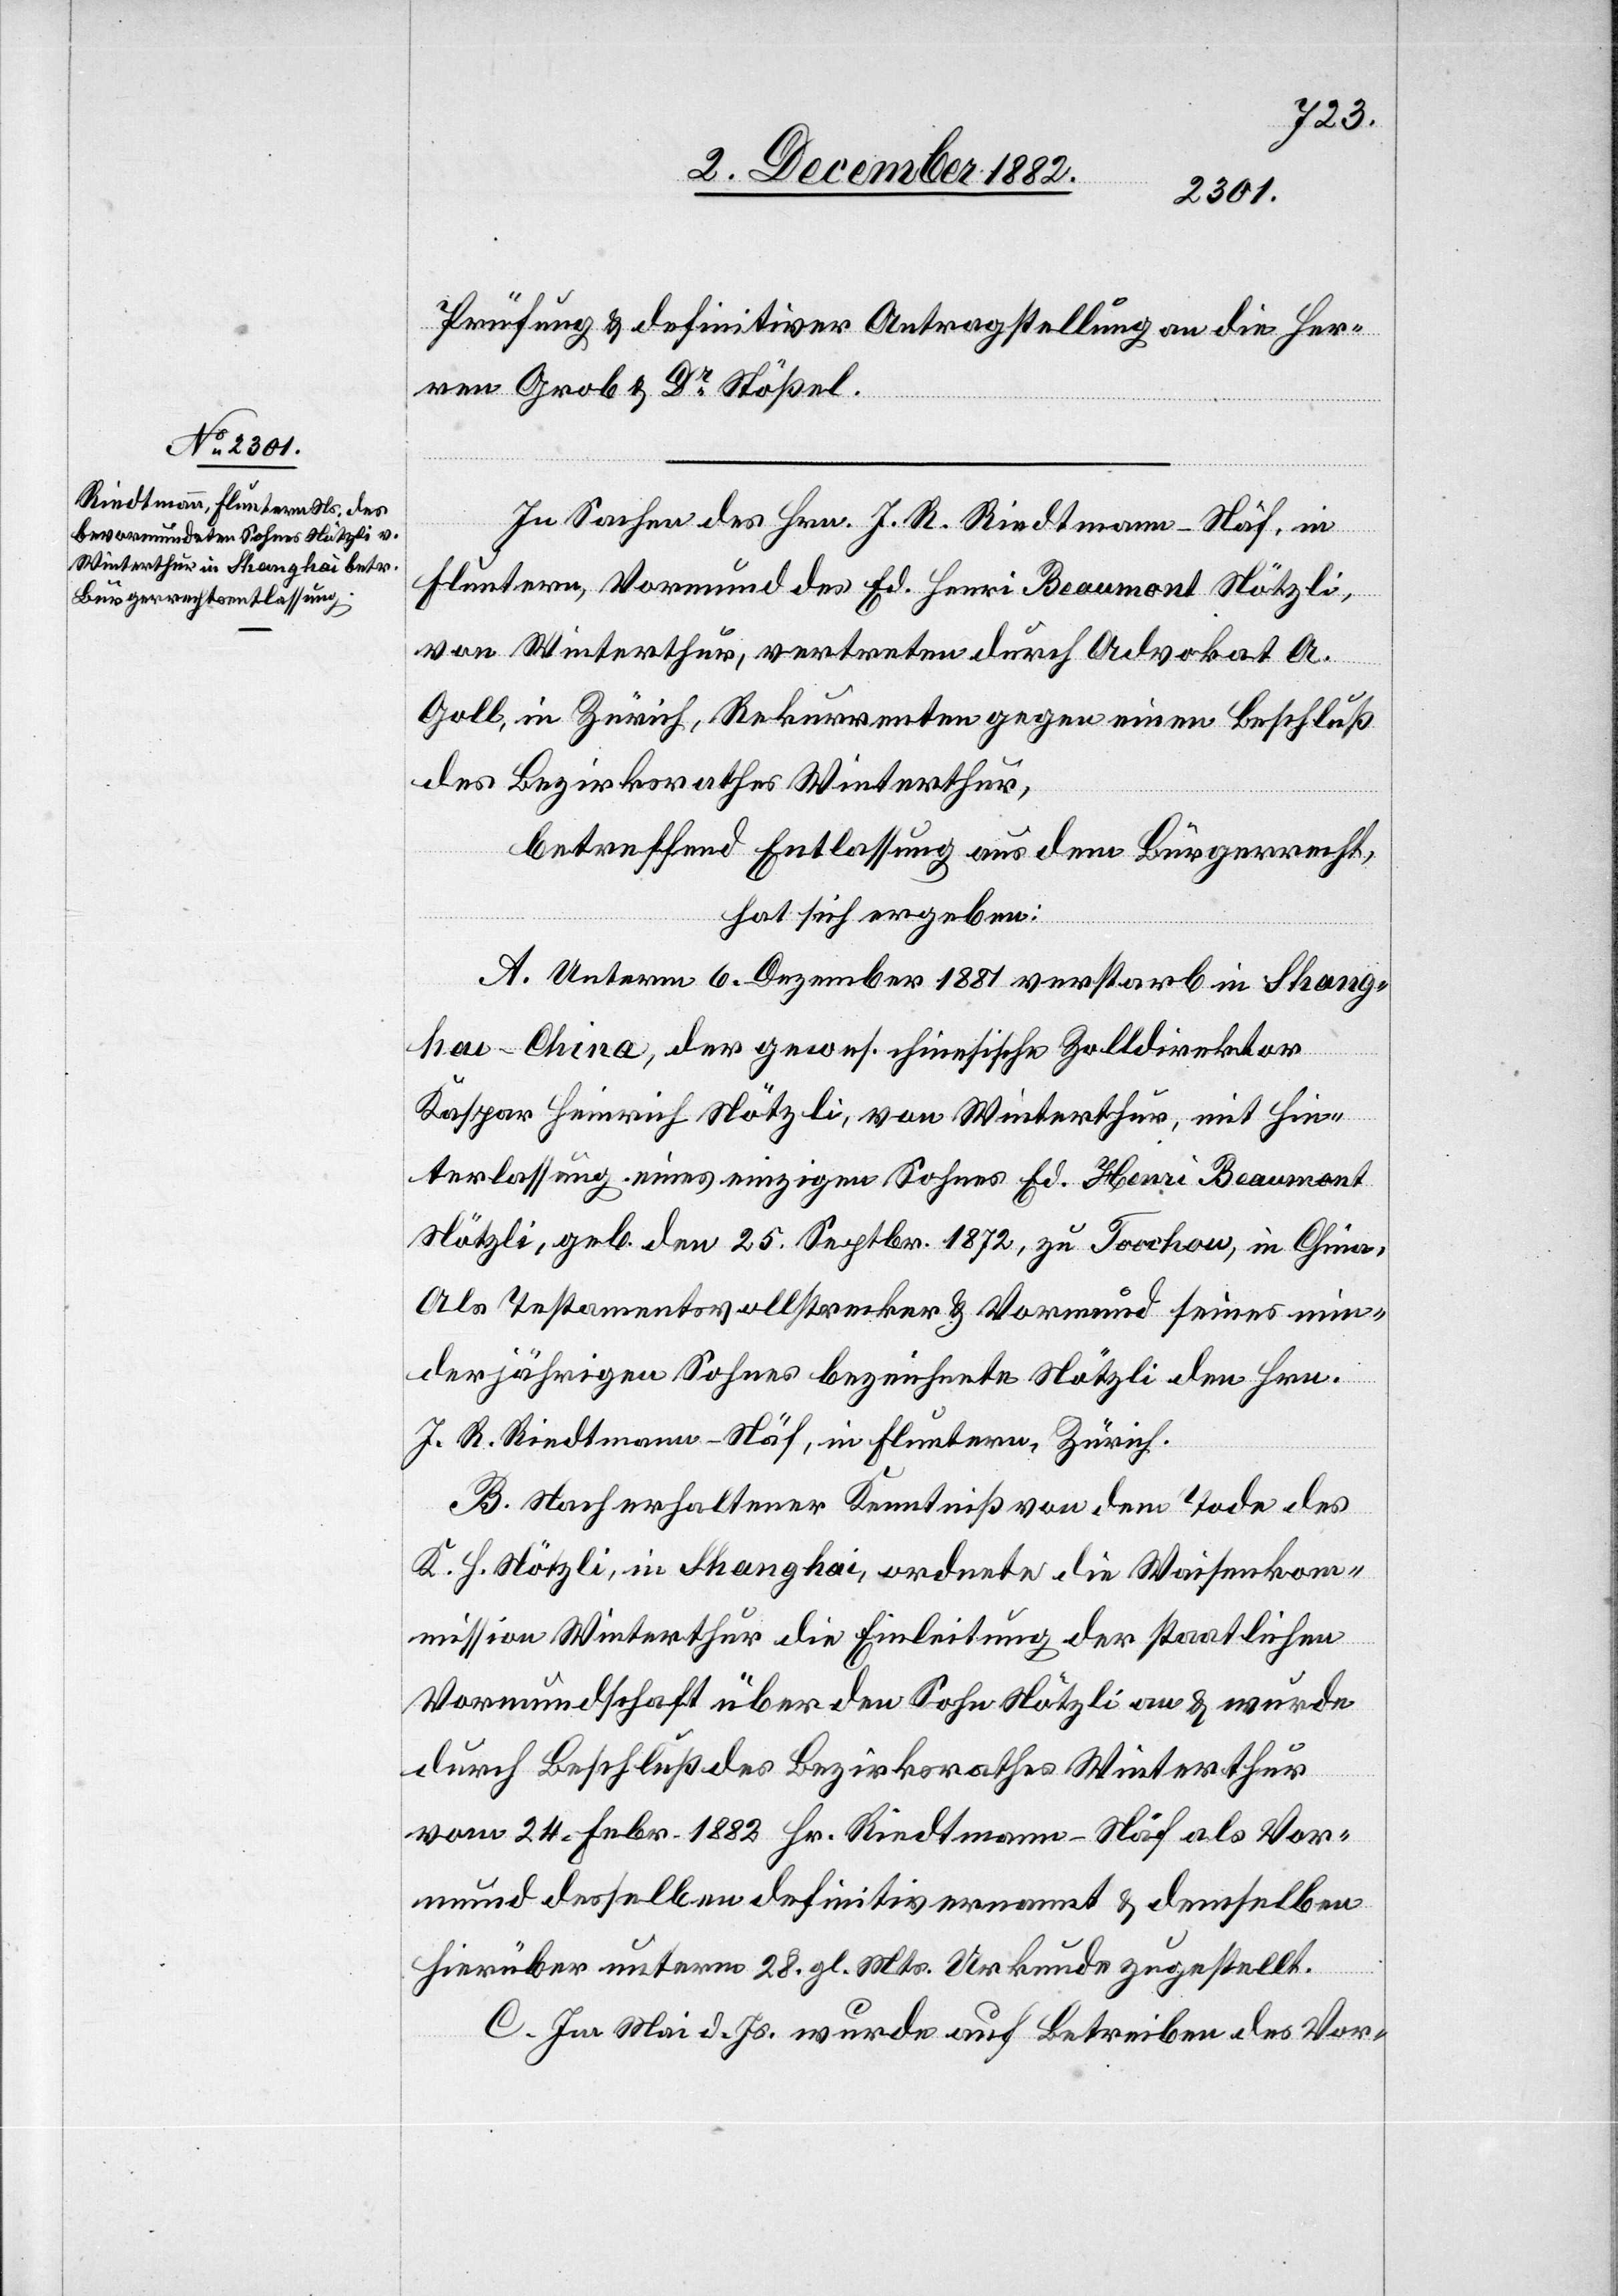
Prüfung & definitiver Antragstellung an die Her¬
ren Grob & Dr Stößel.
In Sachen des Hrn. J. R. Riedtmann-Näf, in
Fluntern, Vormund des Ed. Henri Beaumont Nötzli,
von Winterthur, vertreten durch Advokat A.
Goll, in Zürich, Rekurrenten gegen einen Beschluß
des Bezirksrathes Winterthur,
betreffend Entlassung aus dem Bürgerrecht,
hat sich ergeben:
A. Unterm 6. Dezember 1881 verstarb in Shang¬
hai - China, der gewes. chinesische Zolldirektor
Kaspar Heinrich Nötzli, von Winterthur, mit Hin¬
terlassung eines einzigen Sohnes Ed. Henri Beaumont
Nötzli, geb. den 25. Septbr. 1872, zu Toochow, in China.
Als Testamentsvollstrecker & Vormund seines min¬
derjährigen Sohnes bezeichnete Nötzli den Hrn.
J. R. Riedtmann-Näf, in Fluntern, Zürich.
B. Nach erhaltener Kenntniß von dem Tode des
K. H. Nötzli, in Shanghai, ordnete die Waisenkom¬
mission Winterthur die Einleitung der staatlichen
Vormundschaft über den Sohn Nötzli an & wurde
durch Beschluß des Bezirksrathes Winterthur
vom 24. Febr. 1882 Hr. Riedtmann-Näf als Vor¬
mund desselben definitiv ernannt & demselben
hierüber unterm 28. gl. Mts. Urkunde zugestellt.
C. Im Mai d. Js. wurde auf Betreiben des Vor-